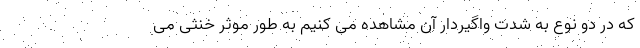
که در دو نوع به شدت واگیردار آن مشاهده می کنیم به طور موثر خنثی می